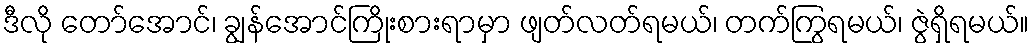
ဒီလို တော်အောင်၊ ချွန်အောင်ကြိုးစားရာမှာ ဖျတ်လတ်ရမယ်၊ တက်ကြွရမယ်၊ ဇွဲရှိရမယ်။